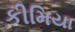
કીમિયા